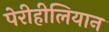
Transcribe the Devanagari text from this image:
पेरीहीलियान